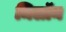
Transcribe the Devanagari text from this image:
मिलॉन